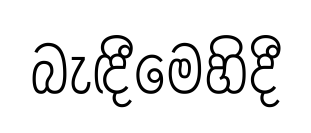
බැඳීමෙහිදී